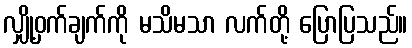
လျှို့ဝှက်ချက်ကို မသိမသာ လက်တို့ ပြောပြသည်။